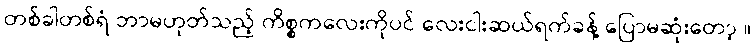
တစ်ခါတစ်ရံ ဘာမဟုတ်သည့် ကိစ္စကလေးကိုပင် လေးငါးဆယ်ရက်ခန့် ပြောမဆုံးတော့ ။